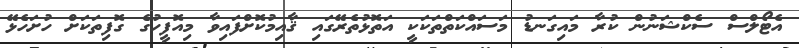
އެޓޯލްސް ސެކްޝަނުން ކުރާ މައިގަނޑު މަސައްކަތްތަކަކީ އަތޮޅުތެރޭގައި ޤާއިމުކޮށްފައިވާ މިއޮފީހުގެ ގޮފިތަކަށް ހުށަހެޅޭ